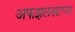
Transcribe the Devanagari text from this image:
अफझलखाच्या